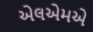
એલએમએ